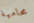
محامية